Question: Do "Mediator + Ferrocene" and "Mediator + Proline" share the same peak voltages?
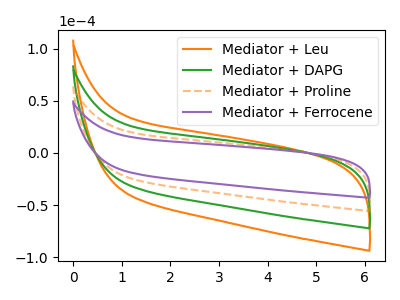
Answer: <think>The orange curve "Mediator + Leu" has no peaks. The green curve "Mediator + DAPG" has no peaks. The orange dashed curve "Mediator + Proline" has no peaks. The purple curve "Mediator + Ferrocene" has no peaks.</think>
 <answer>Niether CV has any peaks.</answer>
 <eval>blanks</eval>